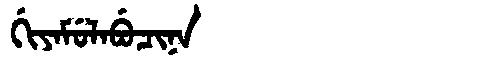
Manchu: ᡤᡳᠶᠠᠮᡠᠯᠠᠪᡠᠴᡳᠨᠠ
Romanization: GIYAMULABUCINA